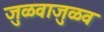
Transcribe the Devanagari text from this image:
जुळवाजुळव